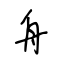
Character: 舟